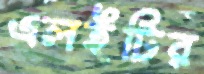
এলইটির